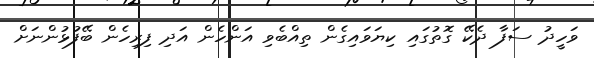
ވަހީދު ސަފާ ދެކޭ ގޮތުގައި ކިޔަވައިގެން ތިއްބެވި އަންހެން އަދި ފިރިހެން ބޭފުޅުންނަށް